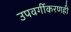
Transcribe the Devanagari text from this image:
उपवर्गीकरणही